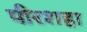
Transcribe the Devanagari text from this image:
पीरशहा